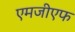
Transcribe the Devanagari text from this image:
एमजीएफ